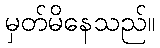
မှတ်မိနေသည်။